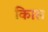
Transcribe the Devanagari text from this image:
किास